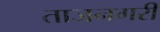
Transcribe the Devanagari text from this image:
ताजनगरी